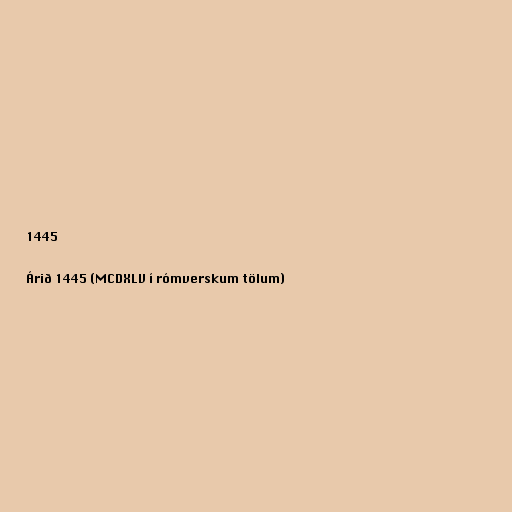
1445

Árið 1445 (MCDXLV í rómverskum tölum)